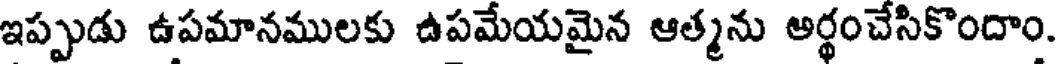
ఇప్పుడు ఉపమానములకు ఉపమేయమైన ఆత్మను అర్థంచేసికొందాం.